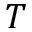
T